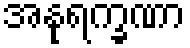
အနုရက္ခဏာ